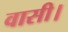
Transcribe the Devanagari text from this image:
वासी।